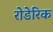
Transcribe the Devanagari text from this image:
रोडेरिक